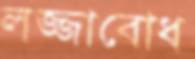
লজ্জাবোধ